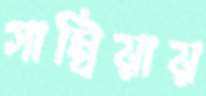
গাম্বিয়ায়